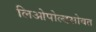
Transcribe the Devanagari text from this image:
लिओपोल्डसोबत